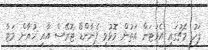
ފަހު މެޗުގައި އެވަޓަން އަތުން މޮޅުވީ ފެނާންޑޯ ޓޮރޭސް އާއި ހުއާން މަޓާ